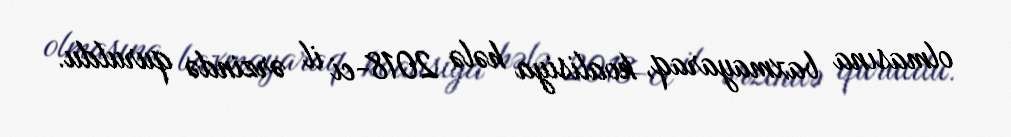
olmasına baxmayaraq, koalisiya hələ 2018-ci il ərzində quruldu.